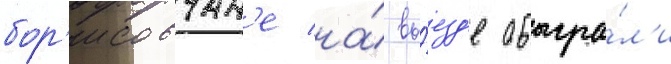
бор'исовчан'е на́ вы́езд'е обыгра́л'и